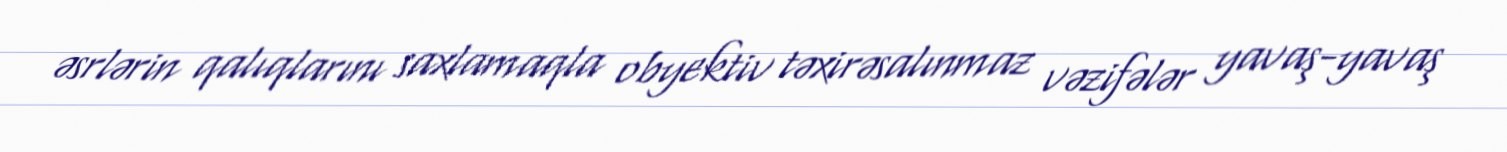
əsrlərin qalıqlarını saxlamaqla obyektiv təxirəsalınmaz vəzifələr yavaş-yavaş